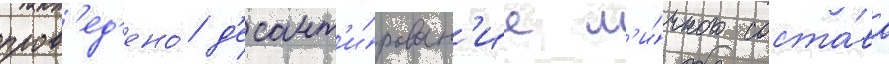
пров'ед'ено́ д'есант'и́рован'ие л'и́чного соста́ва